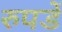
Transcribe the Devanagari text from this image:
रुपडें